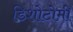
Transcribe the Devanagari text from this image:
डिशोटोमी